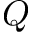
Q